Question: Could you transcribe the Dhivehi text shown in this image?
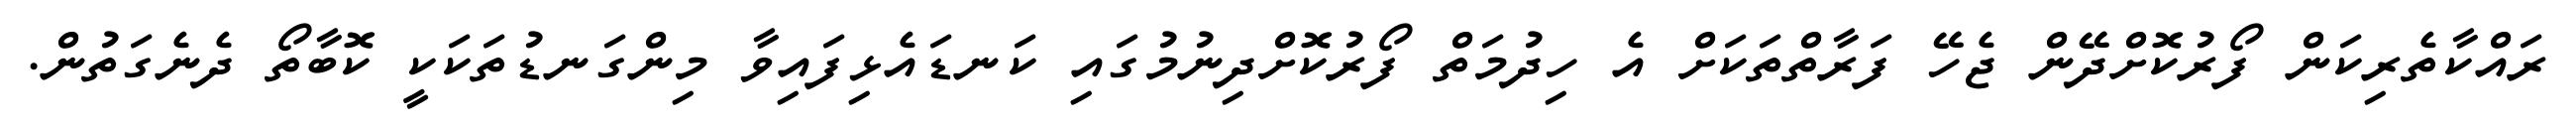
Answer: ރައްކާތެރިކަން ފޯރުކޮށްދޭން ޖެހޭ ފަރާތްތަކަށް އެ ހިދުމަތް ފޯރުކޮށްދިނުމުގައި ކަނޑައެޅިފައިވާ މިންގަނޑުތަކަކީ ކޮބާތޯ ދެނެގަތުން.